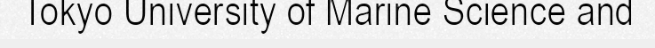
Tokyo University of Marine Science and